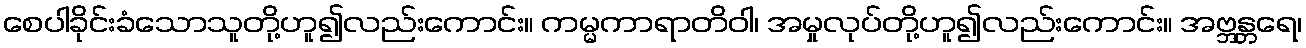
စေပါခိုင်းခံသောသူတို့ဟူ၍လည်းကောင်း။ ကမ္မကာရာတိဝါ၊ အမှုလုပ်တို့ဟူ၍လည်းကောင်း။ အဗ္ဘန္တရေ၊